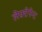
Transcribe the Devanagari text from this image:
लेफ़्टेनेन्ट